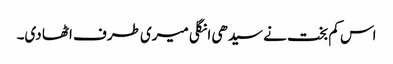
اس کم بخت نے سیدھی انگلی میری طرف اٹھا دی۔